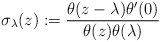
\begin{gather*} \sigma_{\lambda}(z):= \frac{\theta(z-\lambda) \theta'(0)}{\theta(z)\theta(\lambda)} \end{gather*}